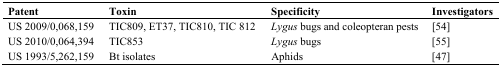
| Patent | Toxin | Specificity | Investigators |
 | --- | --- | --- | --- |
 | US 2009/0,068,159 | TIC809, ET37, TIC810, TIC 812 | Lygus bugs and coleopteran pests | [54] |
 | US 2010/0,064,394 | TIC853 | Lygus bugs | [55] |
 | US 1993/5,262,159 | Bt isolates | Aphids | [47] |